Vaccination North-Western Provinces and Oudh 1896-1901 - 1896-1901
Year: 1896
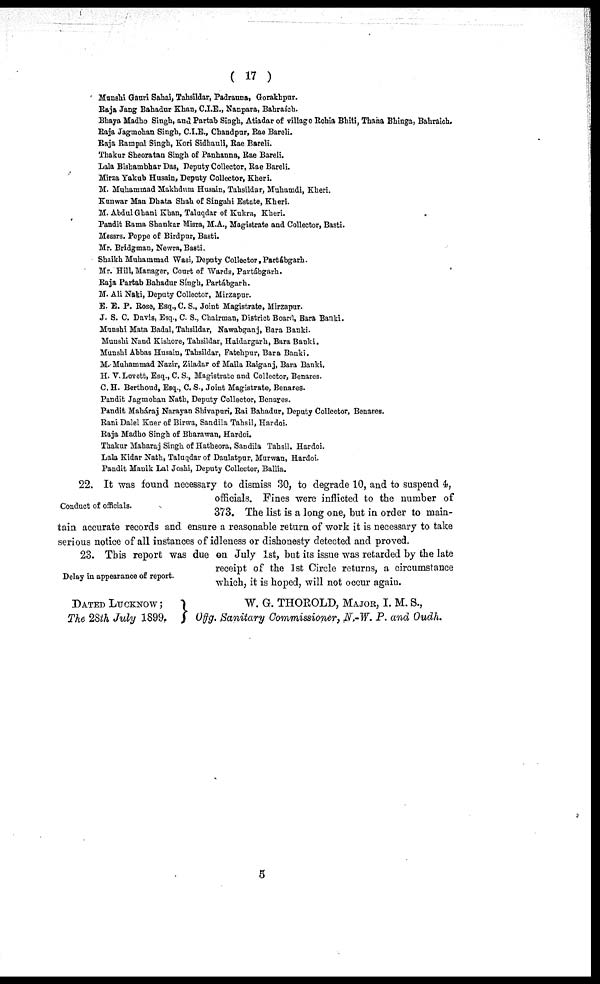
( 17 )
Munshi Gauri Sahai, Tahsildar, Padrauna, Gorakhpur.
Raja Jang Bahadur Khan, C.I.E., Nanpara, Bahraich.
Bhaya Madho Singh, and Partab Singh, Atiadar of village Rohia Bhiti, Thana Bhinga, Bahraich.
Raja Jagmohan Singh, C.I.E., Chandpar, Rae Bareli.
Raja Rampal Singh, Kori Sidhauli, Rae Bareli.
Thakur Sheoratan Singh of Panhanna, Rae Bareli.
Lala Bisbambhar Das, Deputy Collector, Rae Bareli.
Mirza Yakub Husain, Deputy Collector, Kheri.
M. Muhammad Makhdum Husain, Tahsildar, Muhamdi, Kheri.
Kunwar Man Dhata Shah of Singahi Estate, Kheri.
M. Abdul Ghani Khan, Taluqdar of Kukra, Kheri.
Pandit Rama Shankar Misra, M.A., Magistrate and Collector, Basti.
Messrs. Peppe of Birdpur, Basti.
Mr. Bridgman, Newra, Basti.
Shaikh Muhammad Wasi, Deputy Collector, Partábgarh.
Mr. Hill, Manager, Court of Wards, Partábgarh.
Raja Partab Bahadur Singh, Partábgarh.
M. Ali Naki, Deputy Collector, Mirzapur.
E. E. P. Rose, Esq., C. S., Joint Magistrate, Mirzapur.
J. S. C. Davis, Esq., C. S., Chairman, District Board, Bara Banki.
Munshi Mata Badal, Tahsildar, Nawabganj, Bara Banki.
Munshi Nand Kishore, Tahsildar, Haidargarh, Bara Banki.
Munshi Abbas Husain, Tahsildar, Fatehpur, Bara Banki.
M. Muhammad Nazir, Ziladar of Maila Raiganj, Bara Banki.
H. V.Lovett, Esq., C. S., Magistrate and Collector, Benares.
C. H. Berthoud, Esq., C. S., Joint Magistrate, Benares.
Pandit Jagmohan Nath, Deputy Collector, Benares.
Pandit Maháraj Narayan Shivapuri, Rai Bahadur, Deputy Collector, Benares.
Rani Dalel Kuer of Birwa, Sandila Tahsil, Hardoi.
Raja Madho Singh of Bharawan, Hardoi.
Thakur Maharaj Singh of Hatheora, Sandila Tahsil, Hardoi.
Lala Kidar Nath, Taluqdar of Daulatpur, Murwan, Hardoi.
Pandit Manik Lal Joshi, Deputy Collector, Ballia.
Conduct of officials.
22. It was found necessary to dismiss 30, to degrade 10, and to suspend 4,
officials. Fines were inflicted to the number of
373. The list is a long one, but in order to main-
tain accurate records and ensure a reasonable return of work it is necessary to take
serious notice of all instances of idleness or dishonesty detected and proved.
Delay in appearance of report.
23. This report was due on July 1st, but its issue was retarded by the late
receipt of the 1st Circle returns, a circumstance
which, it is hoped, will not occur again.
DATED LUCKNOW ;
The 28th July 1899.
W. G. THOEOLD, MAJOR, I. M. S.,
Offg. Sanitary Commissioner, N,-W. P. and Oudh.
5